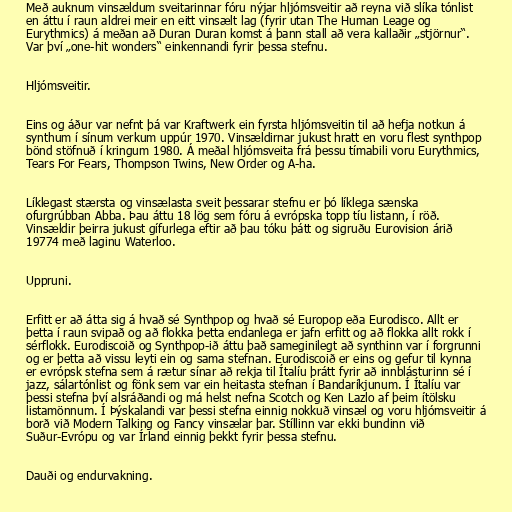
Með auknum vinsældum sveitarinnar fóru nýjar hljómsveitir að reyna við slíka tónlist
en áttu í raun aldrei meir en eitt vinsælt lag (fyrir utan The Human Leage og
Eurythmics) á meðan að Duran Duran komst á þann stall að vera kallaðir „stjörnur“.
Var því „one-hit wonders“ einkennandi fyrir þessa stefnu.

Hljómsveitir.

Eins og áður var nefnt þá var Kraftwerk ein fyrsta hljómsveitin til að hefja notkun á
synthum í sínum verkum uppúr 1970. Vinsældirnar jukust hratt en voru flest synthpop
bönd stöfnuð í kringum 1980. Á meðal hljómsveita frá þessu tímabili voru Eurythmics,
Tears For Fears, Thompson Twins, New Order og A-ha.

Líklegast stærsta og vinsælasta sveit þessarar stefnu er þó líklega sænska
ofurgrúbban Abba. Þau áttu 18 lög sem fóru á evrópska topp tíu listann, í röð.
Vinsældir þeirra jukust gífurlega eftir að þau tóku þátt og sigruðu Eurovision árið
19774 með laginu Waterloo.

Uppruni.

Erfitt er að átta sig á hvað sé Synthpop og hvað sé Europop eða Eurodisco. Allt er
þetta í raun svipað og að flokka þetta endanlega er jafn erfitt og að flokka allt rokk í
sérflokk. Eurodiscoið og Synthpop-ið áttu það sameginilegt að synthinn var í forgrunni
og er þetta að vissu leyti ein og sama stefnan. Eurodiscoið er eins og gefur til kynna
er evrópsk stefna sem á rætur sínar að rekja til Ítalíu þrátt fyrir að innblásturinn sé í
jazz, sálartónlist og fönk sem var ein heitasta stefnan í Bandaríkjunum. Í Ítalíu var
þessi stefna því alsráðandi og má helst nefna Scotch og Ken Lazlo af þeim ítölsku
listamönnum. Í Þýskalandi var þessi stefna einnig nokkuð vinsæl og voru hljómsveitir á
borð við Modern Talking og Fancy vinsælar þar. Stíllinn var ekki bundinn við
Suður-Evrópu og var Írland einnig þekkt fyrir þessa stefnu.

Dauði og endurvakning.